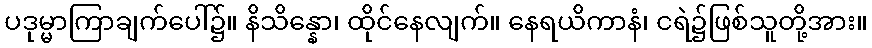
ပဒုမ္မာကြာချက်ပေါ်၌။ နိသိန္နော၊ ထိုင်နေလျက်။ နေရယိကာနံ၊ ငရဲ၌ဖြစ်သူတို့အား။